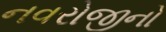
નવરોજીનો